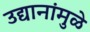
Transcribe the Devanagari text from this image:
उद्यानांमुळे